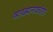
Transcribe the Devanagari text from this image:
व्याख्यानाकरीता